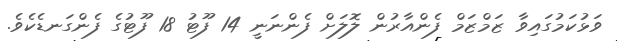
ވަޅުކަމުގައިވާ ޒަމްޒަމް ފެންއާރުން ލޮލަށް ފެންނަނީ 14 ފޫޓު 18 ފޫޓުގެ ފެންގަނޑެކެވެ.